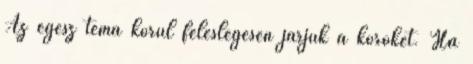
Az egész téma körül feleslegesen járjuk a köröket. Ha